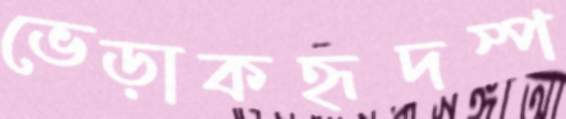
ভেড়াকহৃদস্প